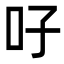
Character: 吇